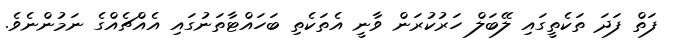
ފަތް ފަދަ ތަކެތީގައި ލޭބަލް ހަރުކުރަން ވާނީ އެތަކެތި ބަހައްޓާތަނުގައި އެއްޗެއްގެ ނަމުންނެވެ.